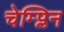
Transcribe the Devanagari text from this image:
चेम्प्लिन